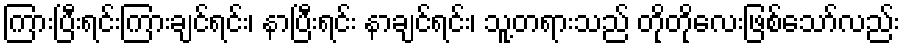
ကြားပြီးရင်းကြားချင်ရင်း၊ နာပြီးရင်း နာချင်ရင်း၊ သူ့တရားသည် တိုတိုလေးဖြစ်သော်လည်း